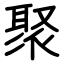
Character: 聚